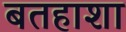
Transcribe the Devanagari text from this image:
बतहाशा